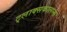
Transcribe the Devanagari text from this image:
ट्लाक्सकालन्स